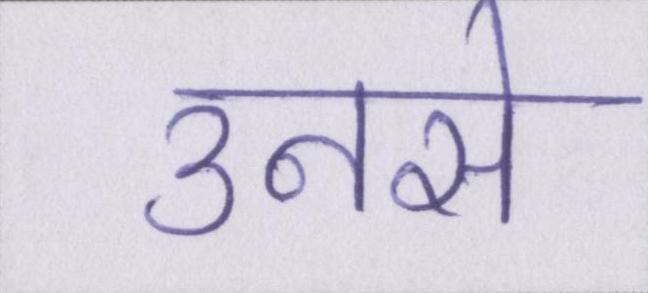
उनसे